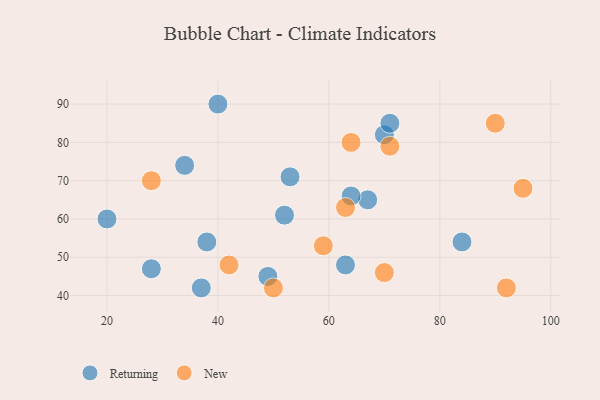
{"axis": {"x": "GDP", "y": "Life Expectancy"}, "legend": ["New", "Returning"], "data": [{"x": "34", "y": 74, "type": "Returning"}, {"x": "84", "y": 54, "type": "Returning"}, {"x": "37", "y": 42, "type": "Returning"}, {"x": "38", "y": 54, "type": "Returning"}, {"x": "67", "y": 65, "type": "Returning"}, {"x": "49", "y": 45, "type": "Returning"}, {"x": "52", "y": 61, "type": "Returning"}, {"x": "53", "y": 71, "type": "Returning"}, {"x": "70", "y": 82, "type": "Returning"}, {"x": "64", "y": 66, "type": "Returning"}, {"x": "20", "y": 60, "type": "Returning"}, {"x": "63", "y": 48, "type": "Returning"}, {"x": "40", "y": 90, "type": "Returning"}, {"x": "28", "y": 47, "type": "Returning"}, {"x": "71", "y": 85, "type": "Returning"}, {"x": "90", "y": 85, "type": "New"}, {"x": "92", "y": 42, "type": "New"}, {"x": "59", "y": 53, "type": "New"}, {"x": "64", "y": 80, "type": "New"}, {"x": "42", "y": 48, "type": "New"}, {"x": "63", "y": 63, "type": "New"}, {"x": "28", "y": 70, "type": "New"}, {"x": "70", "y": 46, "type": "New"}, {"x": "50", "y": 42, "type": "New"}, {"x": "95", "y": 68, "type": "New"}, {"x": "71", "y": 79, "type": "New"}]}